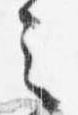
之